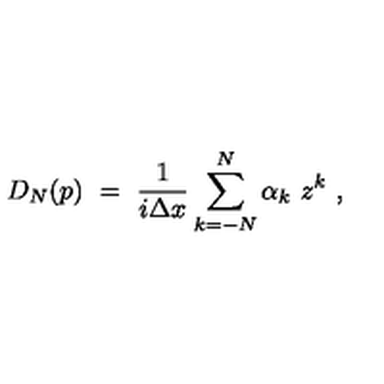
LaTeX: D _ { N } ( p ) \ = \ { \frac { 1 } { i \Delta x } } \sum _ { k = - N } ^ { N } \alpha _ { k } \ z ^ { k } \ ,